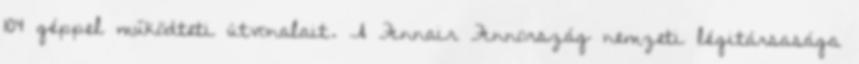
104 géppel működteti útvonalait. A Finnair Finnország nemzeti légitársasága